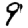
Digit: 9